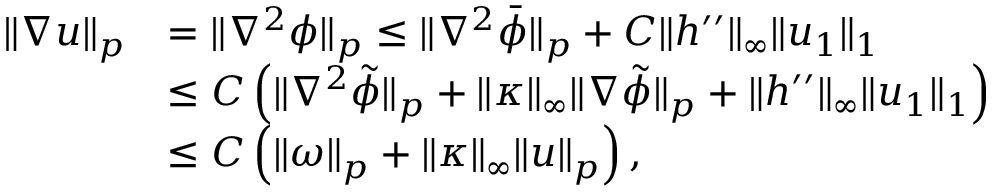
\begin{array} { r l } { \| \nabla u \| _ { p } } & { = \| \nabla ^ { 2 } \phi \| _ { p } \leq \| \nabla ^ { 2 } \bar { \phi } \| _ { p } + C \| h ^ { \prime \prime } \| _ { \infty } \| u _ { 1 } \| _ { 1 } } \\ & { \leq C \left( \| \nabla ^ { 2 } \tilde { \phi } \| _ { p } + \| \kappa \| _ { \infty } \| \nabla \tilde { \phi } \| _ { p } + \| h ^ { \prime \prime } \| _ { \infty } \| u _ { 1 } \| _ { 1 } \right) } \\ & { \leq C \left( \| \omega \| _ { p } + \| \kappa \| _ { \infty } \| u \| _ { p } \right) , } \end{array}